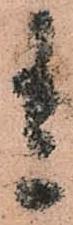
貴